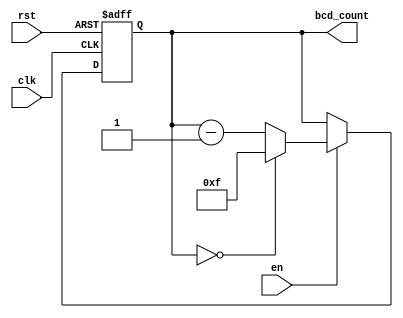
module bcd_down_counter_enable (
  input wire clk,
  input wire rst,
  input wire en,
  output wire [3:0] bcd_count
);

reg [3:0] bcd_count_reg;

always @ (posedge clk or posedge rst) begin
  if (rst) begin
    bcd_count_reg <= 4'b1111;
  end else begin
    if (en) begin
      if (bcd_count_reg == 4'b0000) begin
        bcd_count_reg <= 4'b1111;
      end else begin
        bcd_count_reg <= bcd_count_reg - 1;
      end
    end
  end
end

assign bcd_count = bcd_count_reg;

endmodule